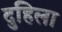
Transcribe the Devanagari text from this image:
दुहिला